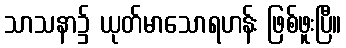
သာသနာ၌ ယုတ်မာသောရဟန်း ဖြစ်ဖူးပြီ။